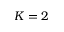
K = 2